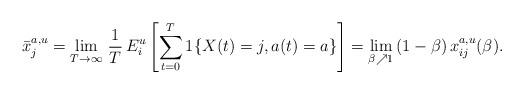
LaTeX: \begin{align*}\bar{x}^{a, u}_j = \lim_{T \to \infty} \, \frac{1}{T} \, E_i^u\left[\sum_{t=0}^T 1\{X(t) = j, a(t) = a\}\right]= \lim_{\beta \nearrow 1} \, (1-\beta) \, x_{ij}^{a, u}(\beta).\end{align*}